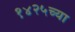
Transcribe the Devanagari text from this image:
१४२५च्या